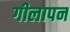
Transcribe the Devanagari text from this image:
गीलापन